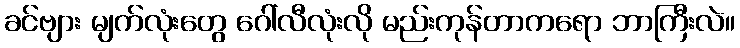
ခင်ဗျား မျက်လုံးတွေ ဂေါ်လီလုံးလို မည်းကုန်တာကရော ဘာကြီးလဲ။